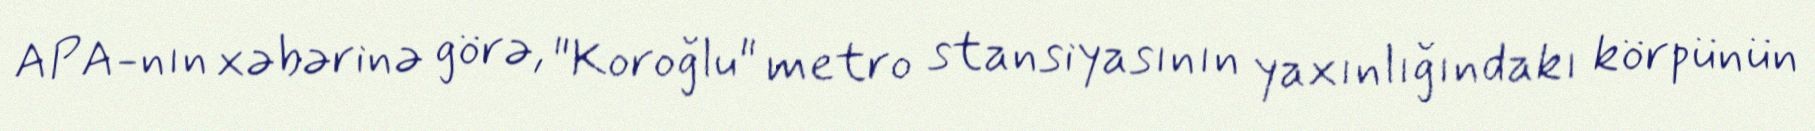
APA-nın xəbərinə görə, "Koroğlu" metro stansiyasının yaxınlığındakı körpünün